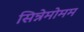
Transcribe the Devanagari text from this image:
सिन्नेमोमम